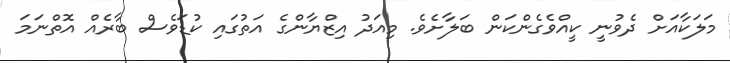
މަލަކާއަށް ދެވުނީ ކީއްވެގެންކަން ބަލާށެވެ. މިއަދު އިޒްޔާންގެ އަތުގައި ކުޑަވެސް ބާރެއް އޮތްނަމަ